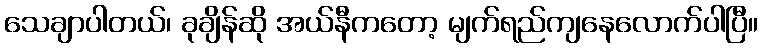
သေချာပါတယ်၊ ခုချိန်ဆို အယ်နီကတော့ မျက်ရည်ကျနေလောက်ပါပြီ။